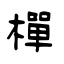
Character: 樿